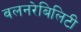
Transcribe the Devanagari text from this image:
वलनरेबिलिटी